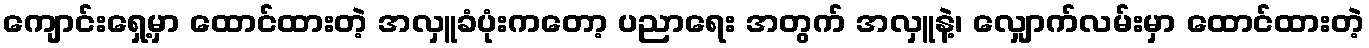
ကျောင်းရှေ့မှာ ထောင်ထားတဲ့ အလှူခံပုံးကတော့ ပညာရေး အတွက် အလှူနဲ့၊ လျှောက်လမ်းမှာ ထောင်ထားတဲ့